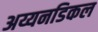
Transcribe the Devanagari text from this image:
अय्यनडिकल